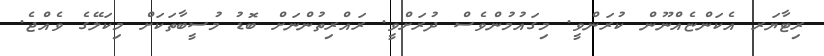
ރިޓާޔަރ އެކަންޏެއްނޫން ކުރަންވީ. މިގައުމުންވެސް ދުރަށްވީ. ރައްރިތުންނަށް ބޮޑު މުސީބާތަކަށް މިކަލޭގެ ވެއްޖެ.